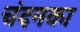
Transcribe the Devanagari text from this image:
चंदनका